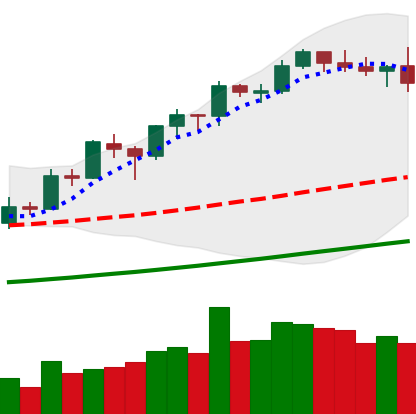
Ticker: BNB-USD
Chart end date: 2019-05-30
Forward return: -9.013%
Label: down_7plus